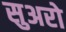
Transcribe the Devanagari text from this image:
सुअरो